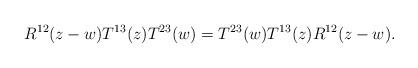
LaTeX: \begin{align*} R^{12}(z-w) T^{13}(z)T^{23}(w) = T^{23}(w)T^{13}(z)R^{12}(z-w).\end{align*}